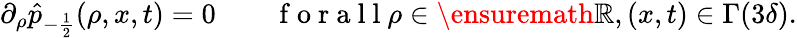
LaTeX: \begin{array}{r}{\partial_{\rho}\hat{p}_{-\frac{1}{2}}(\rho,x,t)=0\qquad\mathrm{~f~o~r~a~l~l~}\rho\in\ensuremath{\mathbb{R}},(x,t)\in\Gamma(3\delta).}\end{array}